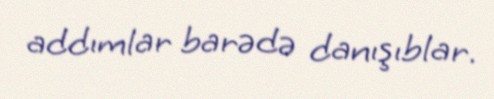
addımlar barədə danışıblar.